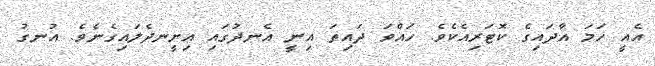
އެއީ ހަމަ އާދައިގެ ކޮޓަރިއެކެވެ. ހައްވަ ދައިތަ އިނީ އެނދުގައި އިށީނދެލައިގެނެވެ. އުނގު